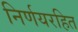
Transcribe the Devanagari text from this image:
निर्णयरहित